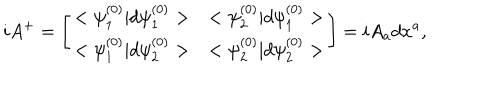
i A ^ { + } = \left[ \begin{array} { l l } { { < \psi _ { 1 } ^ { ( 0 ) } | d \psi _ { 1 } ^ { ( 0 ) } > } } & { { < \psi _ { 2 } ^ { ( 0 ) } | d \psi _ { 1 } ^ { ( 0 ) } > } } \\ { { < \psi _ { 1 } ^ { ( 0 ) } | d \psi _ { 2 } ^ { ( 0 ) } > } } & { { < \psi _ { 2 } ^ { ( 0 ) } | d \psi _ { 2 } ^ { ( 0 ) } > } } \\ \end{array} \right] = i A _ { a } d x ^ { a } ,